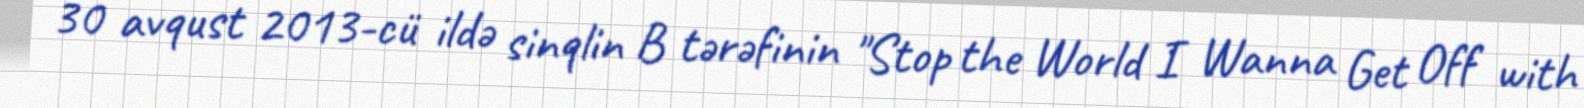
30 avqust 2013-cü ildə sinqlin B tərəfinin "Stop the World I Wanna Get Off with